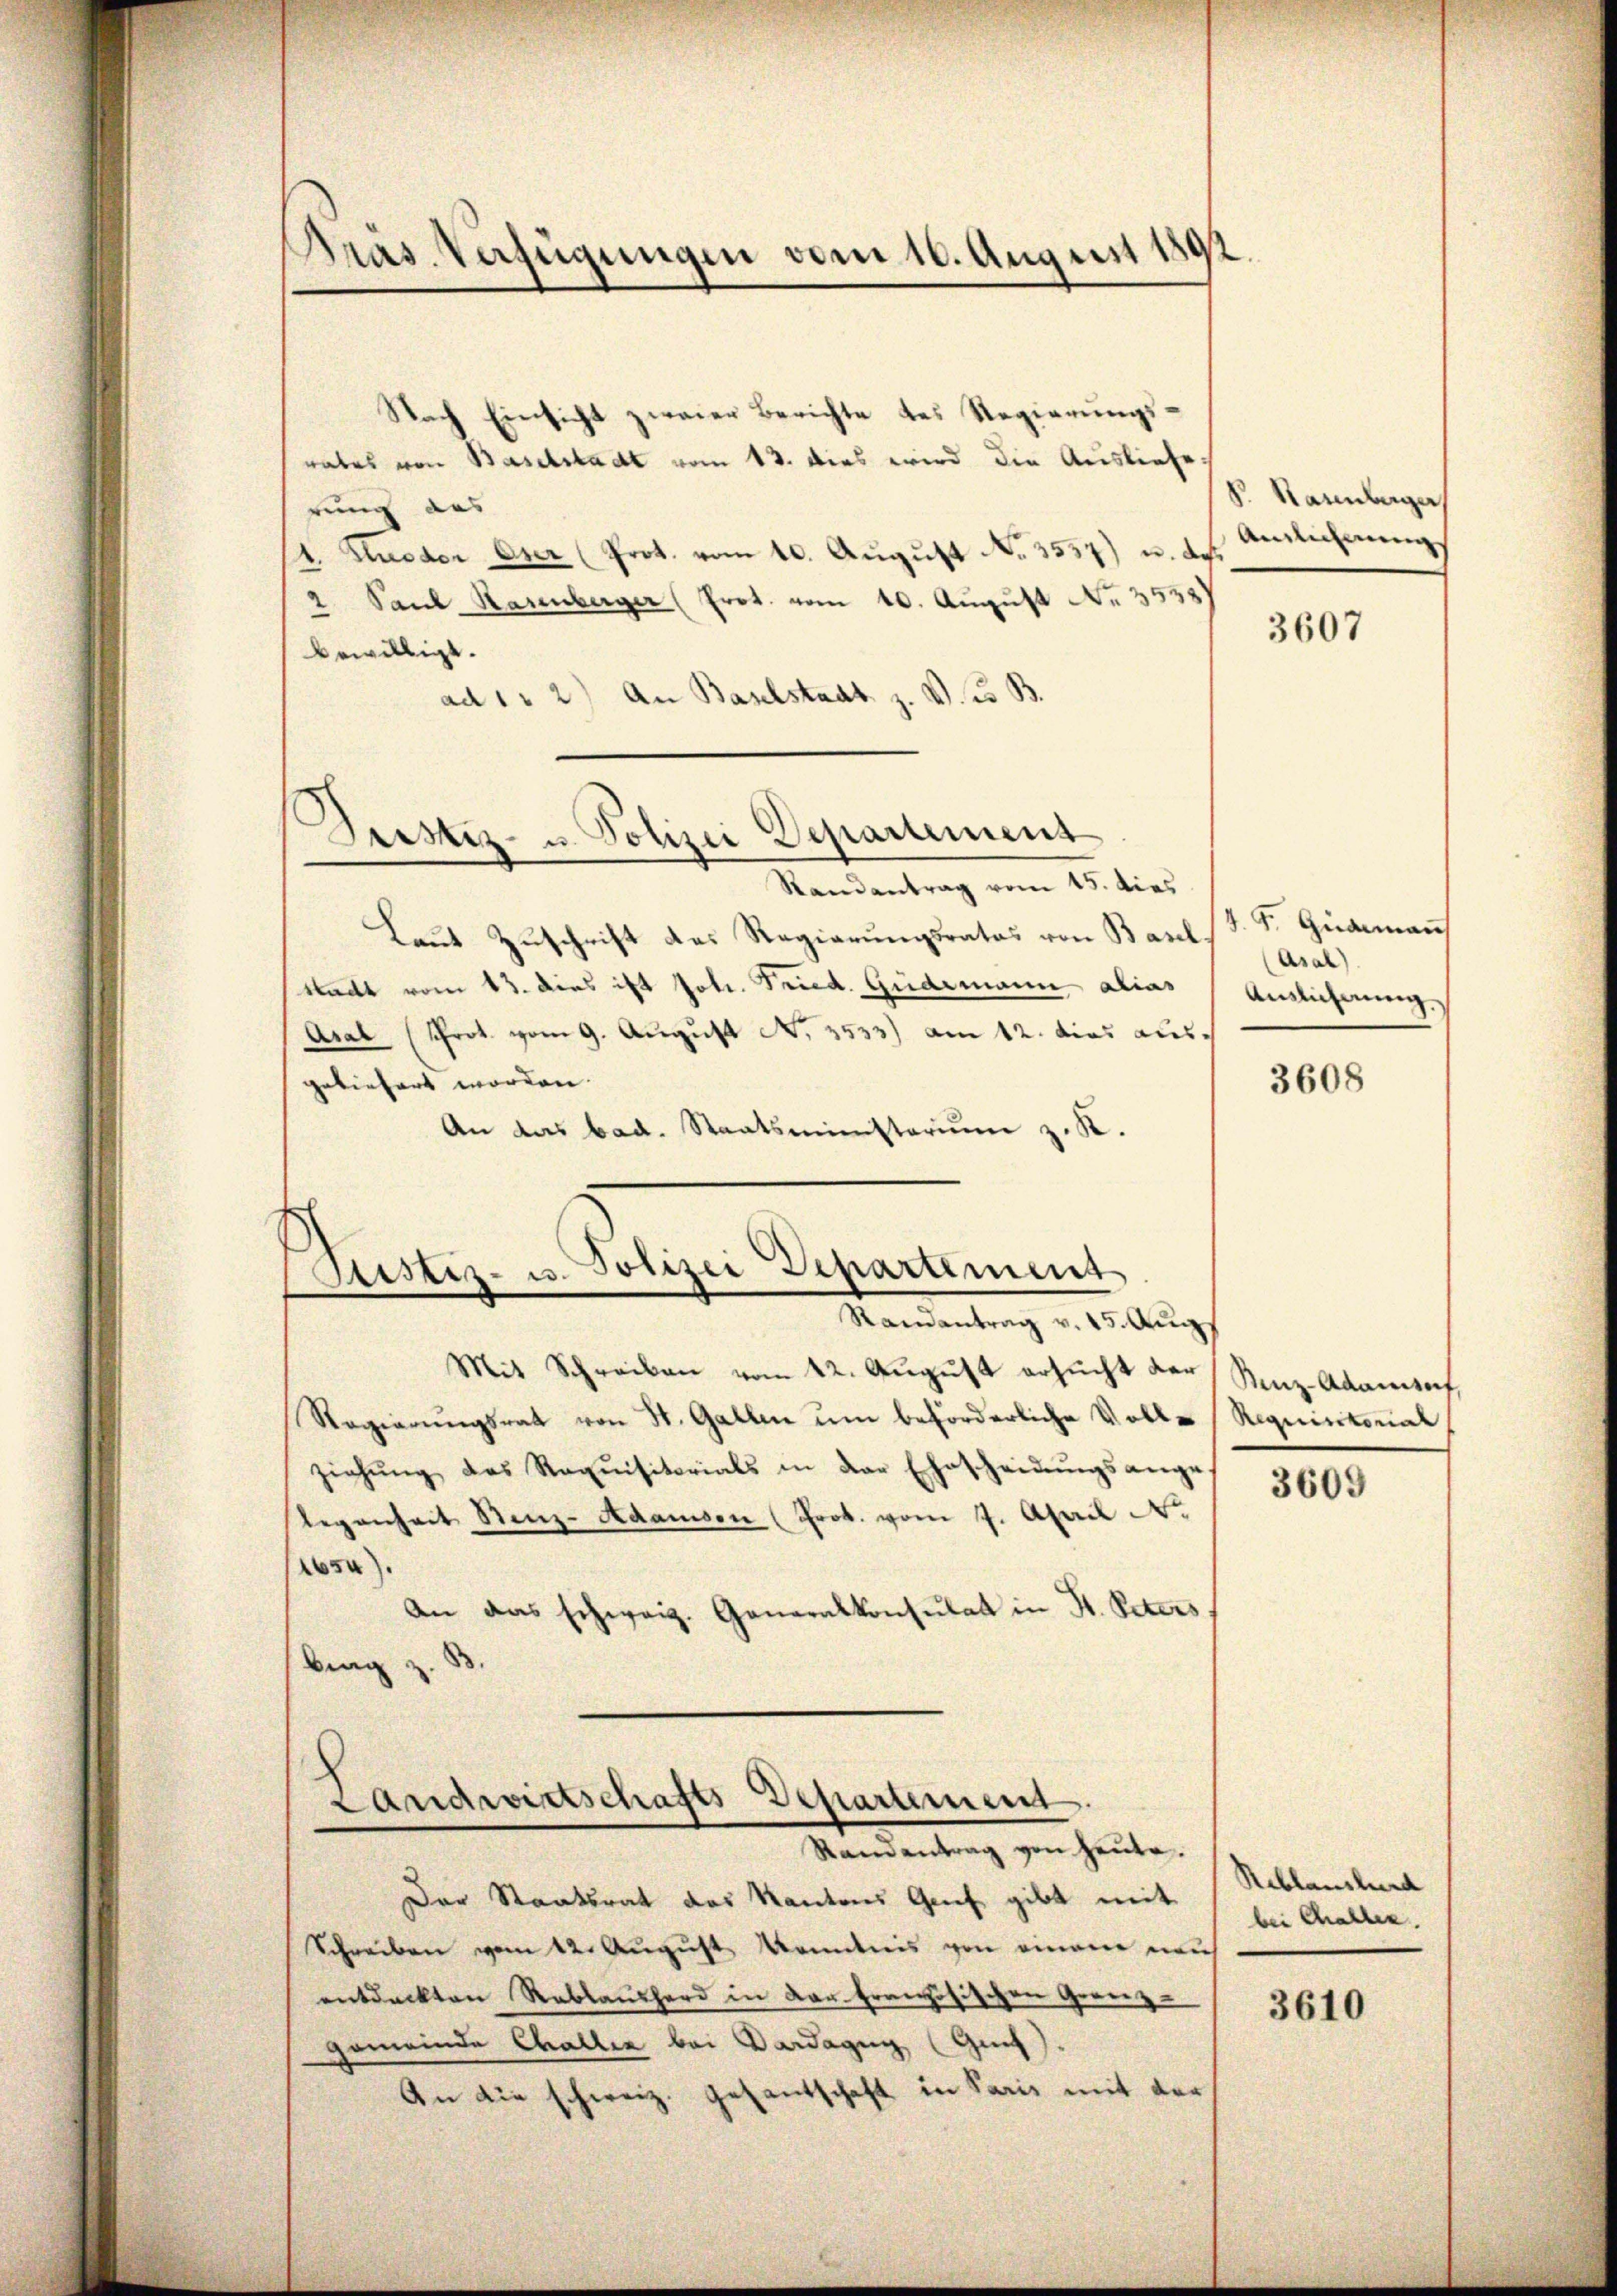
Präs. Verfügungen vom 16. August 1892.

Nach Einsicht zweier Berichte des Regierungsrates von Baselstadt vom 13. dies wird die Ausliefe.
rung aus
1 Kueder Oser (Prot. vom 10. August No. 3557) u. de
2. Paul Hasenberger (Prot. vom 10. August No. 3535)
bewilligt.
ad 1 2) An Baselstadt z. V. B.
Justiz- u. Polizei Departement
Randantrag vom 15. dies
Laut Zuschrift das Regierungsrates von Basel¬
Stadt vom 13. dies ist potr. Fried. Gudimann alias
Aral (Prot. vom 9. August N. 3533) am 12. dies aus
geliefert worden.
An das bad. Staatsministerium z. K.

Pristiz- u. Polizei Departement
Randantrag v. 15. Augs

Landwirtschafts-Departement.
Standentrag von heute.

P. Hasenberger
Ainlichnung

Mit Schreiben vom 12. August ersucht der
Ragierungsrat von St. Gallen um beförderliche Volle (Requistorial
ziehŭng des Requisitorials in der Ehescheidŭngsange-
Regenheit Stenz-Adamsen (Prok. vom 7. April N.
s).
An das schweiz. Generalkonsulat in St. Peters
brag z.

Der Staatsrat des Kantons Genf gibt mit
Schreiben vom 12. August Kenntnis von einem mich
entdeckten Reblaŭshard in dar. Französischen Grenz-
Gemeinde Challee bei Dardagug (Guit).
An die schweiz. Gesantschaft in Paris mit der

3607

J. P. Guaran
Asal)
Anslicherung

3608

Renz-Adamsef,

3609

Reblanstand
bei Challen.

3610